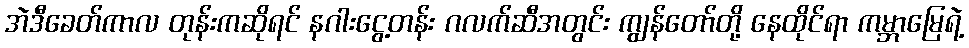
အဲဒီခေတ်ကာလ တုန်းကဆိုရင် နဂါးငွေ့တန်း ဂလက်ဆီအတွင်း ကျွန်တော်တို့ နေထိုင်ရာ ကမ္ဘာမြေရဲ့